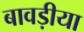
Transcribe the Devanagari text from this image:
बावड़ीया